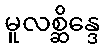
မူလစ္ဆိန္ဒေ